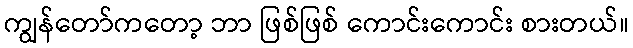
ကျွန်တော်ကတော့ ဘာ ဖြစ်ဖြစ် ကောင်းကောင်း စားတယ်။